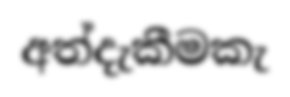
අත්දැකීමකැ